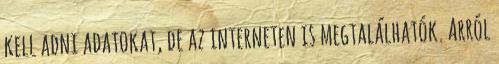
kell adni adatokat, de az interneten is megtalálhatók. Arról